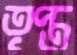
তৃপ্ত